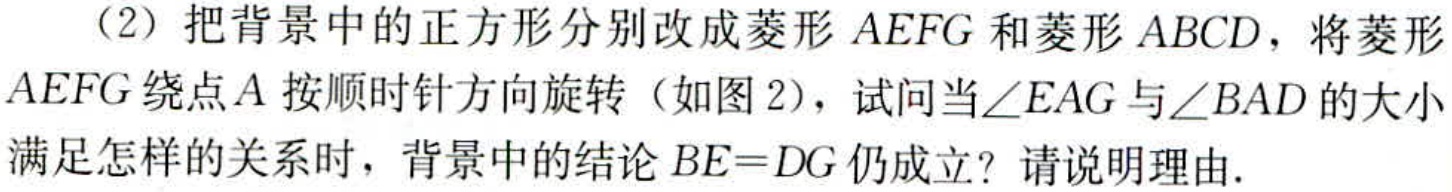
（2）把背景中的正方形分别改成菱形\(AEFG\)和菱形\(ABCD\)，将菱形\(AEFG\)绕点\(A\)按顺时针方向旋转（如图2），试问当\(\angle EAG\)与\(\angle BAD\)的大小满足怎样的关系时，背景中的结论\(BE = DG\)仍成立？请说明理由.